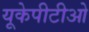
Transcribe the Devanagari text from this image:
यूकेपीटीओ